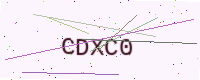
Text: CDXC0